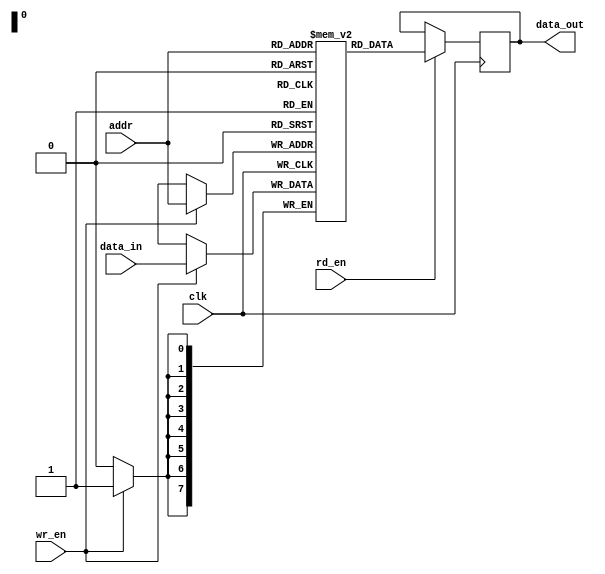
module QDR_SRAM (
    input wire [7:0] data_in,
    input wire [7:0] addr,
    input wire clk,
    input wire wr_en,
    input wire rd_en,
    output reg [7:0] data_out
);

reg [7:0] memory [0:255];

always @(posedge clk) begin
    if (wr_en) begin
        memory[addr] <= data_in;
    end
    if (rd_en) begin
        data_out <= memory[addr];
    end
end

endmodule